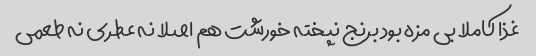
غذا کاملا بی مزه بود برنج نپخته خورشت هم اصلا نه عطری نه طعمی